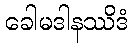
ခေါမဒါနဿိဒံ